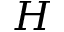
{ H }